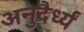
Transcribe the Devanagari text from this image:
अनुदैर्ध्यं